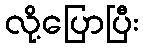
လို့ပြောပြီး